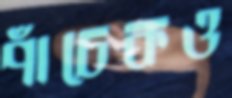
পাঁচেকও